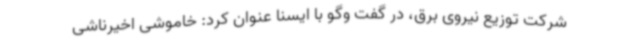
شرکت توزیع نیروی برق، در گفت وگو با ایسنا عنوان کرد: خاموشی اخیرناشی